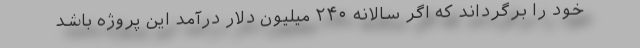
خود را برگرداند که اگر سالانه ۲۴۰ میلیون دلار درآمد این پروژه باشد